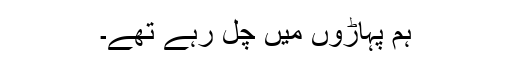
ہم پہاڑوں میں چل رہے تھے۔